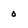
Character: 0